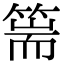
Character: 篅